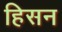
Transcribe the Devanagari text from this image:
हिसन